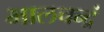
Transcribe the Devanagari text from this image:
भालचन्द्रं